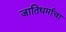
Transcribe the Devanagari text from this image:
जातिधर्माचा